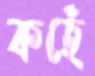
কহেঁ